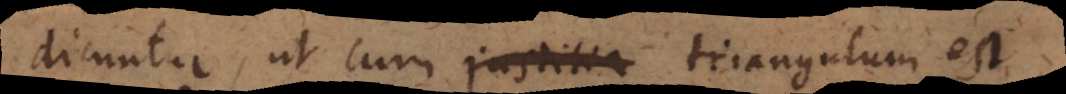
dicuntur, ut cum justitia triangulum est